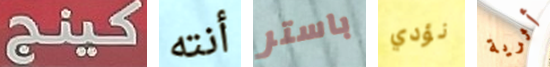
كينج أنته باستر نؤدي أثرية